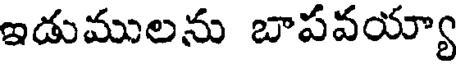
ఇడుములను బాపవయ్యా